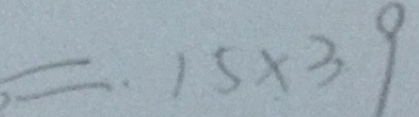
= 1 5 \times 3 9